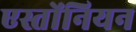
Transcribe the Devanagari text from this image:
एस्तोंनियन